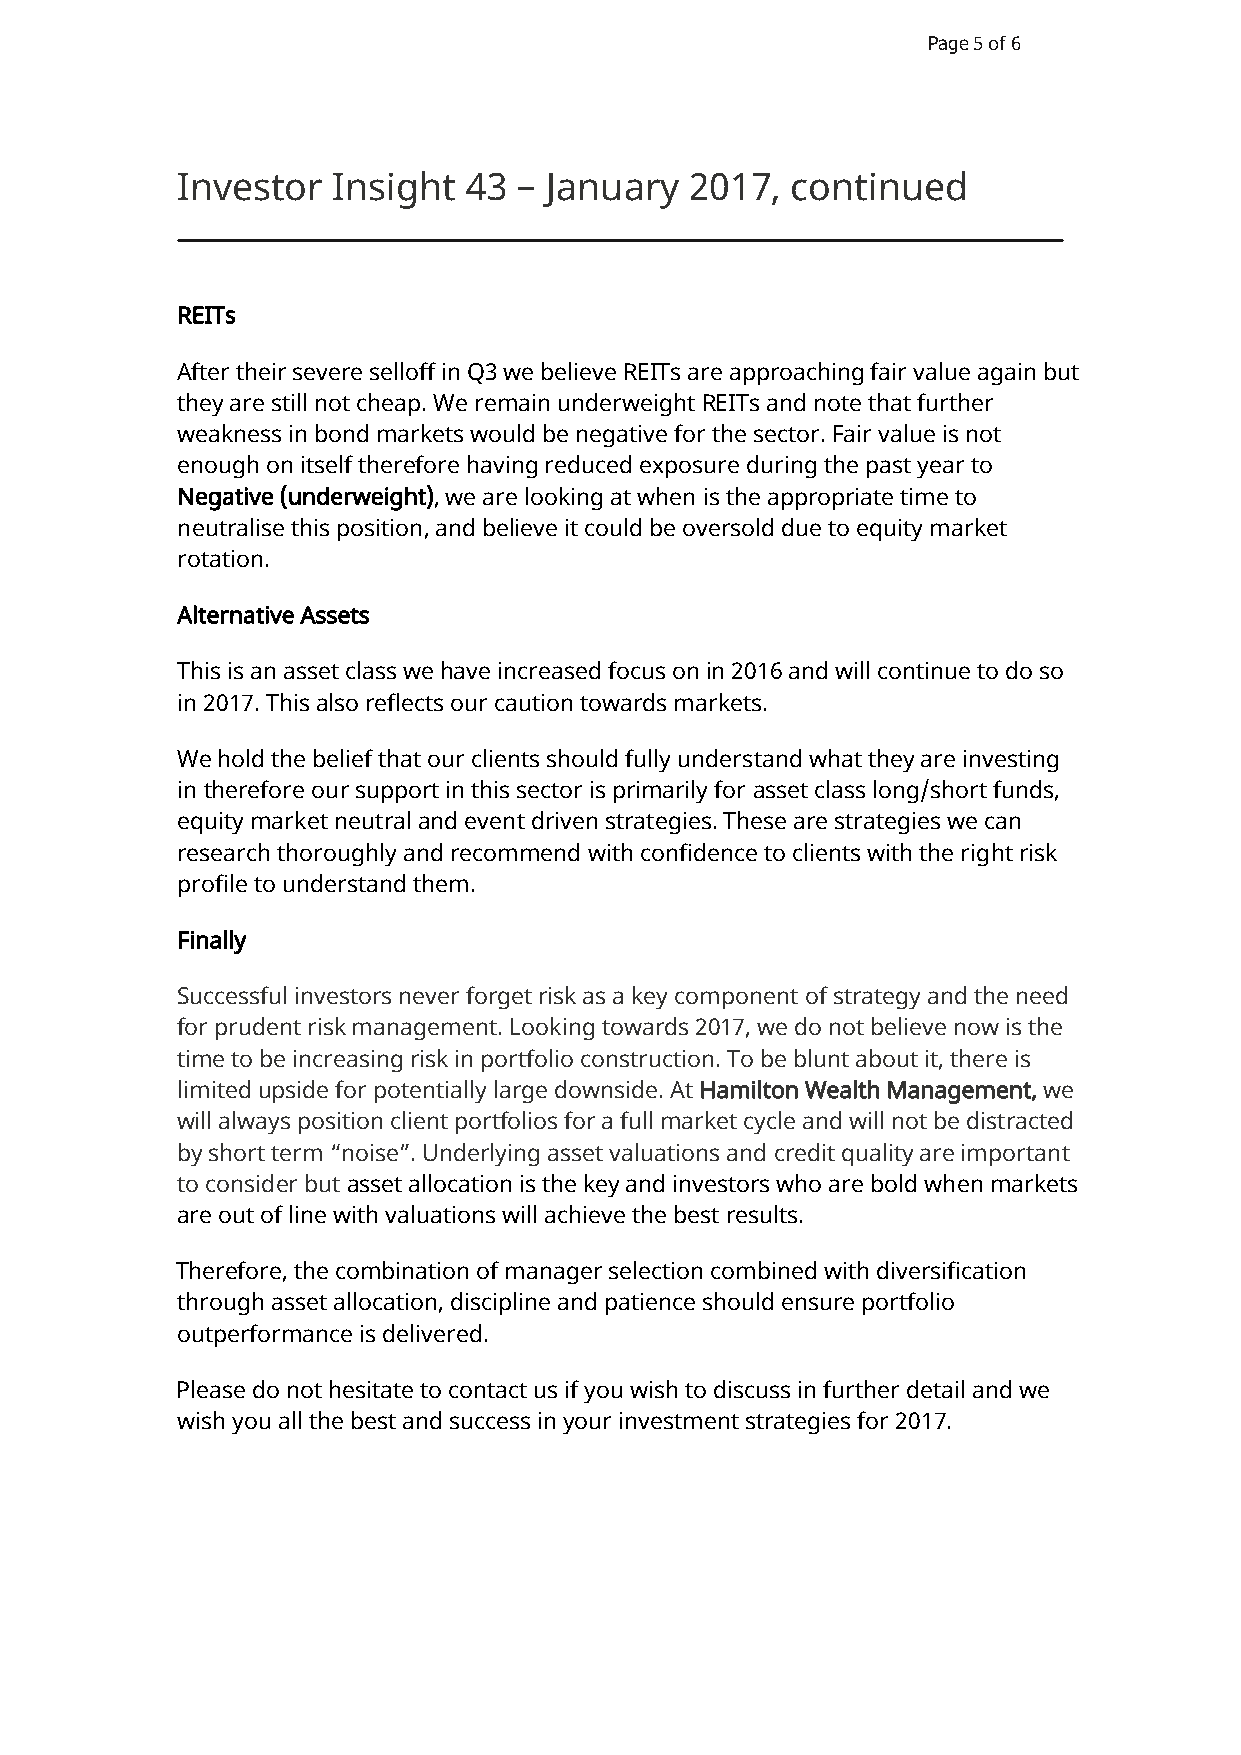
Page 5 of 6
 Investor  Insight  43 – January   2017, continued
 REITs
 After their severe selloff in Q3 we believe REITs are approaching fair value again but
 they are still not cheap. We remain underweight REITs and note that further
 weakness in bond markets would be negative for the sector. Fair value is not
 enough on itself therefore having reduced exposure during the past year to
 Negative (underweight), we are looking at when is the appropriate time to
 neutralise this position, and believe it could be oversold due to equity market
 rotation.
 Alternative Assets
 This is an asset class we have increased focus on in 2016 and will continue to do so
 in 2017. This also reflects our caution towards markets.
 We hold the belief that our clients should fully understand what they are investing
 in therefore our support in this sector is primarily for asset class long/short funds,
 equity market neutral and event driven strategies. These are strategies we can
 research thoroughly and recommend with confidence to clients with the right risk
 profile to understand them.
 Finally
 Successful investors never forget risk as a key component of strategy and the need
 for prudent risk management. Looking towards 2017, we do not believe now is the
 time to be increasing risk in portfolio construction. To be blunt about it, there is
 limited upside for potentially large downside. At Hamilton Wealth Management, we
 will always position client portfolios for a full market cycle and will not be distracted
 by short term “noise”. Underlying asset valuations and credit quality are important
 to consider but asset allocation is the key and investors who are bold when markets
 are out of line with valuations will achieve the best results.
 Therefore, the combination of manager selection combined with diversification
 through asset allocation, discipline and patience should ensure portfolio
 outperformance is delivered.
 Please do not hesitate to contact us if you wish to discuss in further detail and we
 wish you all the best and success in your investment strategies for 2017.